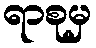
ရာစုမှ